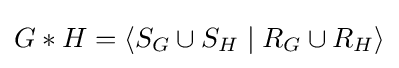
G*H=\langle S_{G}\cup S_{H}\mid R_{G}\cup R_{H}\rangle